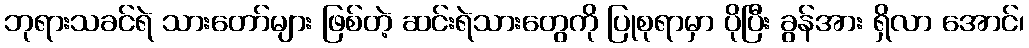
ဘုရားသခင်ရဲ သားတော်များ ဖြစ်တဲ့ ဆင်းရဲသားတွေကို ပြုစုရာမှာ ပိုပြီး ခွန်အား ရှိလာ အောင်၊